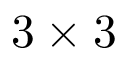
3 \times 3